Vaccination in Burma 1920-1933 - 1920-1933
Year: 1920
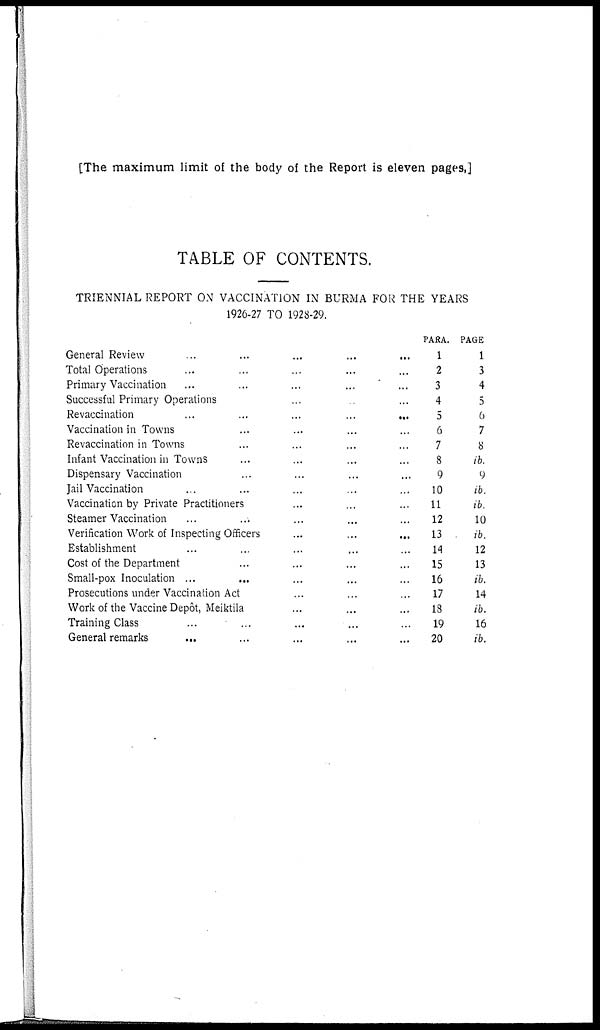
[The maximum limit of the body of the Report is eleven pages,]
TABLE OF CONTENTS.
TRIENNIAL REPORT ON VACCINATION IN BURMA FOR THE YEARS
1926-27 TO 1928-29.
General Review
...
...
...
...
...
Total Operations ... ... ... ...
Primary Vaccination ... ... ... ...
Successful Primary Operations ... ... ... ...
Revaccination
...
...
...
...
...
Vaccination in Towns ... ... ... ... ...
Revaccination in Towns ... ... ... ... ...
Infant Vaccination in Towns ... ... ... ... ... ...
Dispensary Vaccination ... ... ... ... ...
Jail Vaccination ... ... ... ... ... ...
Vaccination by Private Practitioners ... ... ...
Steamer Vaccination ... ... ... ... ... ...
Verification Work of Inspecting Officers
...
...
...
Establishment ... ... ... ... ... ...
Cost of the Department ... ... ... ... ...
Small-pox Inoculation ... ... ... ... ...
Prosecutions under Vaccination Act ... ... ... ...
Work of the Vaccine Depôt, Meiktila ... ... ... ...
Training Class ... ... ... ... ... ...
General remarks ... ... ... ... ... ...
PARA.
1
2
3
4
5
6
7
8
9
10
11
12
13
14
15
16
17
18
19
20
PAGE
1
3
4
5
6
7
8
ib.
9
ib.
ib.
10
ib.
12
13
ib.
14
ib.
16
ib.